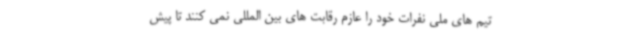
تیم های ملی نفرات خود را عازم رقابت های بین المللی نمی کنند تا پیش